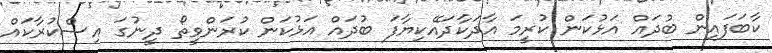
ކާބަފައިން ބުދައް އަޅުކަން ކުރީމަ އާދަކާދައޭކިޔާފަ ބުދައް އަޅުކަން ކުރަންވީތޯ ދީނުގަ އިސްކުރާކައް